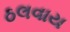
ઠલવાય